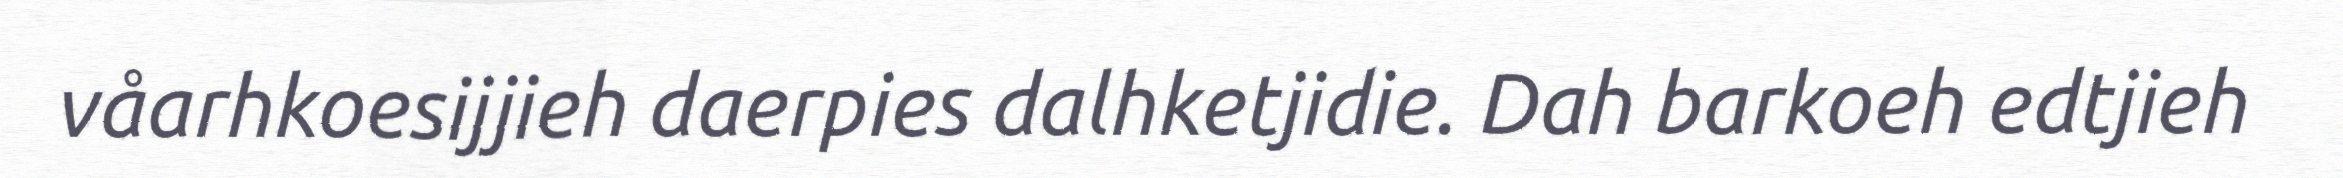
våarhkoesijjieh daerpies dalhketjidie. Dah barkoeh edtjieh